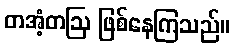
တအံ့တဩ ဖြစ်နေကြသည်။